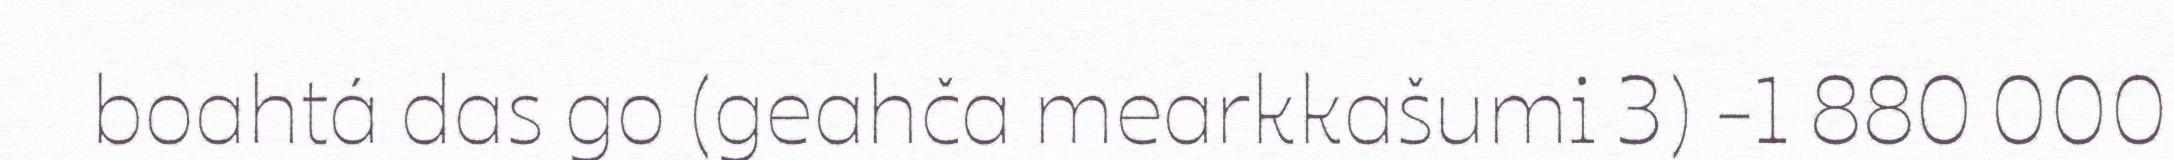
boahtá das go (geahča mearkkašumi 3) -1 880 000